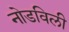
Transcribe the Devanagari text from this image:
नोडविली